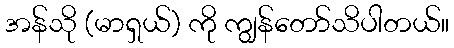
အန်သို (မာရှယ်) ကို ကျွန်တော်သိပါတယ်။